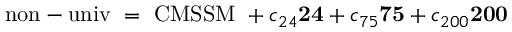
\mathrm { \mathrm { n o n - u n i v } \ = \ C M S S M } \ + c _ { 2 4 } { \bf 2 4 } + c _ { 7 5 } { \bf 7 5 } + c _ { 2 0 0 } { \bf 2 0 0 }